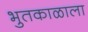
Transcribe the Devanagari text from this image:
भुतकाळाला